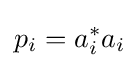
p_{i}=a_{i}^{*}a_{i}